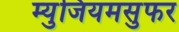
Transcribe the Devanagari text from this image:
म्युजियमसुफर